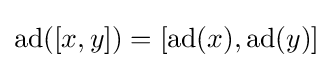
\operatorname {ad} ([x,y])=[\operatorname {ad} (x),\operatorname {ad} (y)]